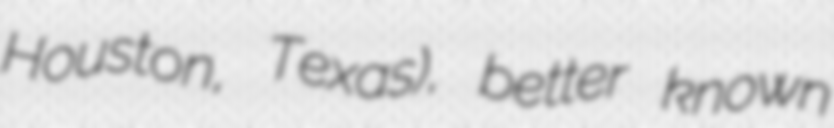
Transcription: Houston, Texas), better known